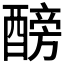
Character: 𨢐